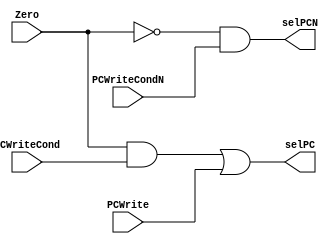
module LogicaCombinacionalPC(
    input Zero,
    input PCWriteCond,
	 input PCWriteCondN,
    input PCWrite,
    output reg selPC,
	 output reg selPCN
    );

	initial begin
		selPC <= 0;
		selPCN <= 0;
	end
	
	always @ (*) begin
		selPC <= (Zero & PCWriteCond) | PCWrite;
		selPCN <= (!Zero & PCWriteCondN);
	end
	
endmodule